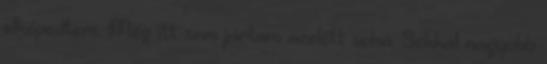
elképedtem. Még itt sem jártam azelőtt soha. Sokkal nagyobb